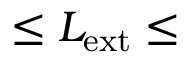
\leq L _ { \mathrm { e x t } } \leq